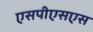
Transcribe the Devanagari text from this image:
एसपीएसएस